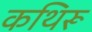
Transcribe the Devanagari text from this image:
कथिरू